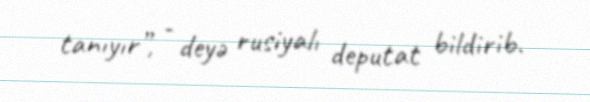
tanıyır”, - deyə rusiyalı deputat bildirib.